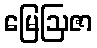
မြေဩဇာ